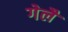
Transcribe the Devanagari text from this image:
गेलै